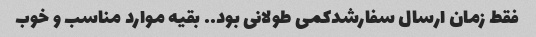
فقط زمان ارسال سفارشدکمی طولانی بود.. بقیه موارد مناسب و خوب